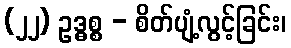
(၂၂) ဥဒ္ဓစ္စ - စိတ်ပျံ့လွင့်ခြင်း၊